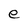
Character: e